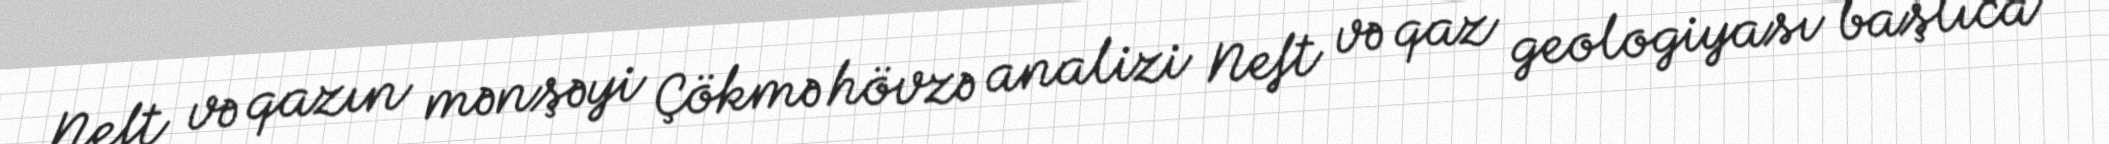
Neft və qazın mənşəyi Çökmə hövzə analizi Neft və qaz geologiyası başlıca